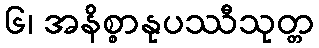
၆၊ အနိစ္စာနုပဿီသုတ္တ